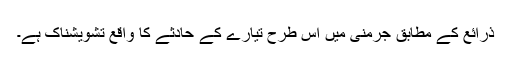
ذرائع کے مطابق جرمنی میں اس طرح تیارے کے حادثے کا واقع تشویشناک ہے۔